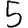
Digit: 5